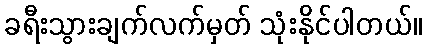
ခရီးသွားချက်လက်မှတ် သုံးနိုင်ပါတယ်။